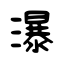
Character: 瀑